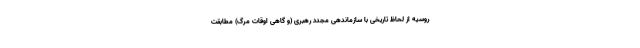
روسیه از لحاظ تاریخی با سازماندهی مجدد رهبری (و گاهی اوقات مرگ) مطابقت